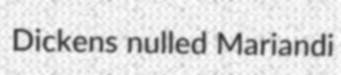
Dickens nulled Mariandi